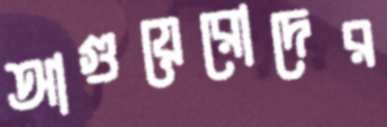
আগুয়েরোদের